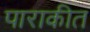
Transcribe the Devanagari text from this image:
पाराकीत